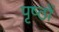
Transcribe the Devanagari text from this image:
पृष्‍ठों